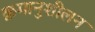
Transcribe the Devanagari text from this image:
क्रमानुशीलन